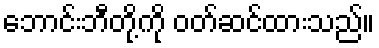
ဘောင်းဘီတို့ကို ဝတ်ဆင်ထားသည်။